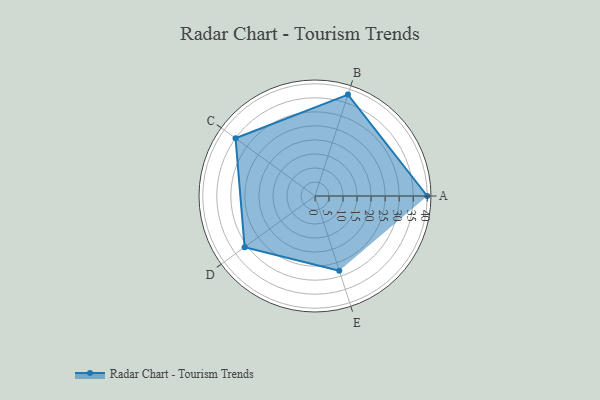
{"axis": {"x": "Skill", "y": "Score"}, "legend": ["Profile"], "data": [{"x": "A", "y": 40.0, "type": "Profile"}, {"x": "B", "y": 38.0, "type": "Profile"}, {"x": "C", "y": 35.0, "type": "Profile"}, {"x": "D", "y": 31.0, "type": "Profile"}, {"x": "E", "y": 28.0, "type": "Profile"}]}